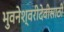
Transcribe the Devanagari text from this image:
भुवनेश्वरीदेवीसाठी